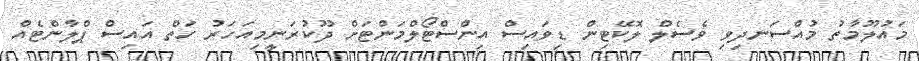
މައުލޫމާތު މުއްސަނދިވި ވެސެލް ލޮކޭޓިން ޑިވައިސް އިންސްޓޯލްމަންޓަށް ދޫކުރަނީމިއަހަރު ހަތް އައިސް ޕްލާންޓެއް